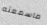
ماسمعته